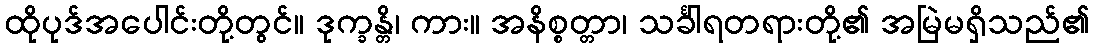
ထိုပုဒ်အပေါင်းတို့တွင်။ ဒုက္ခန္တိ၊ ကား။ အနိစ္စတ္တာ၊ သင်္ခါရတရားတို့၏ အမြဲမရှိသည်၏